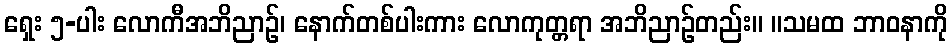
ရှေး ၅-ပါး လောကီအဘိညာဉ်၊ နောက်တစ်ပါးကား လောကုတ္တရာ အဘိညာဉ်တည်း။ ။သမထ ဘာဝနာကို